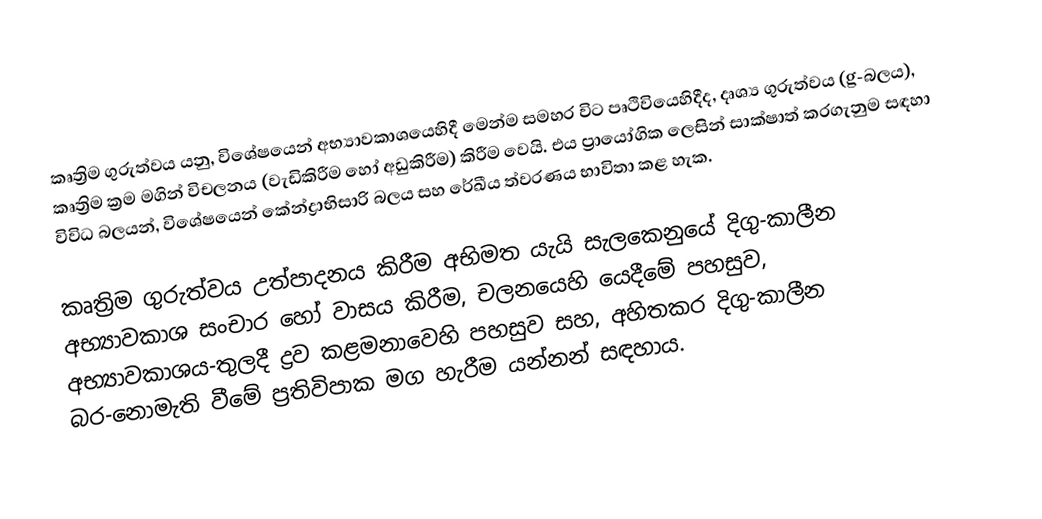
කෘත්‍රිම ගුරුත්වය යනු, විශේෂයෙන් අභ්‍යාවකාශයෙහිදී මෙන්ම සමහර විට පෘථිවියෙහිදීද,  දෘශ්‍ය ගුරුත්වය (g-බලය),  කෘත්‍රිම ක්‍රම මගින් විචලනය (වැඩිකිරීම හෝ අඩුකිරීම) කිරීම වෙයි. එය ප්‍රායෝගික ලෙසින් සාක්ෂාත් කරගැනුම සඳහා විවිධ බලයන්, විශේෂයෙන්  කේන්ද්‍රාභිසාරි බලය සහ රේඛීය ත්වරණය භාවිතා කළ හැක.

කෘත්‍රිම ගුරුත්වය උත්පාදනය කිරීම අභිමත යැයි සැලකෙනුයේ දිගු-කාලීන අභ්‍යාවකාශ සංචාර හෝ වාසය කිරීම, චලනයෙහි යෙදීමේ පහසුව, අභ්‍යාවකාශය-තුලදී ද්‍රව කළමනාවෙහි පහසුව සහ, අහිතකර දිගු-කාලීන බර-නොමැති වීමේ ප්‍රතිවිපාක මග හැරීම යන්නන් සඳහාය.